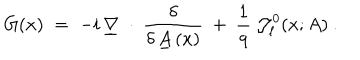
G ( x ) \; = \; - i \, \underline { { { \nabla } } } ~ \cdot ~ \frac { \delta } { \delta \, \underline { { { A } } } \, ( x ) } ~ + ~ \frac 1 q \ { \mathcal J } _ { \ell } ^ { 0 } ( x ; A ) ~ .